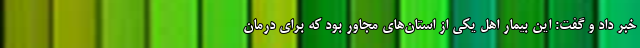
خبر داد و گفت: این بیمار اهل یکی از استان‌های مجاور بود که برای درمان